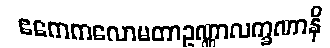
ဧကေကလောမတာဥဏ္ဏာလက္ခဏာနိ